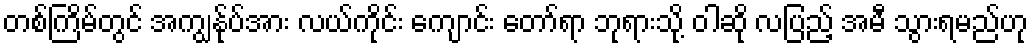
တစ်ကြိမ်တွင် အကျွန်ုပ်အား လယ်ကိုင်း ကျောင်း တော်ရာ ဘုရားသို့ ဝါဆို လပြည့် အမီ သွားရမည်ဟု